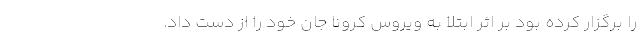
را برگزار کرده بود بر اثر ابتلا به ویروس کرونا جان خود را از دست داد.